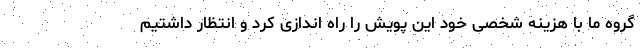
گروه ما با هزینه شخصی خود این پویش را راه اندازی کرد و انتظار داشتیم